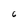
Character: 6